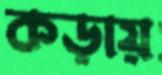
কড়ায়